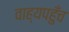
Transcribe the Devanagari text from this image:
वाह्यपहुँच